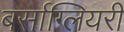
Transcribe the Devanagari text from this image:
बर्साग्लियरी